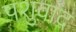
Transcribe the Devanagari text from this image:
पशुवाद